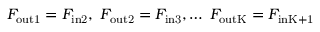
F _ { \mathrm { o u t 1 } } = F _ { \mathrm { i n 2 } } , \; F _ { \mathrm { o u t 2 } } = F _ { \mathrm { i n 3 } } , \ldots \; F _ { \mathrm { o u t K } } = F _ { \mathrm { i n K + 1 } }